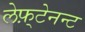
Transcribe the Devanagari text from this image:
लेफ़्टेनन्ट